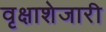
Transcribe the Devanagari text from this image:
वृक्षाशेजारी